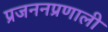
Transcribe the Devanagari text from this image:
प्रजननप्रणाली